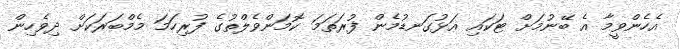
އެހެންވީމާ އެ ބޭނުމަށް ޓަކައި އަޅުގަނޑުމެން ފުރަތަމަ ކޮމަންވެލްތުގެ ފުރިހަމަ މެމްބަރަކަށް ދިވެހިން